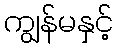
ကျွန်မနှင့်